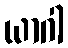
ယာဂါ